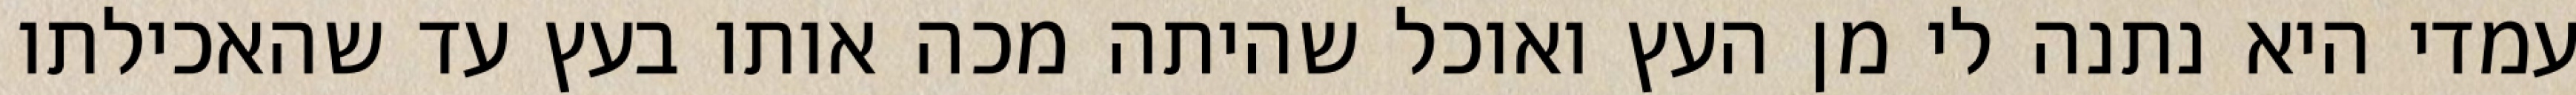
עמדי היא נתנה לי מן העץ ואוכל שהיתה מכה אותו בעץ עד שהאכילתו